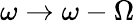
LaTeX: \omega\rightarrow\omega-\Omega